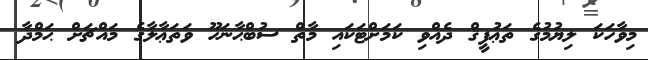
މިވާހަކަ ލިޔުމުގެ ތަޢުފީޤް ދެއްވި ކަމަށްޓަކައި މާތް ސުބްޙާނަހޫ ވަތަޢާލާގެ މައްޗަށް ޙަމްދާ